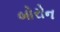
બોરોન